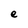
Character: e